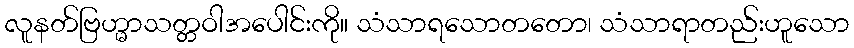
လူနတ်ဗြဟ္မာသတ္တဝါအပေါင်းကို။ သံသာရသောတတော၊ သံသာရာတည်းဟူသော